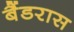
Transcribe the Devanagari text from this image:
बैंडरास